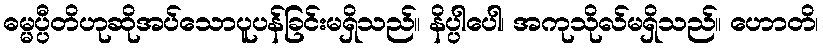
ဓမ္မပ္ပီတိဟုဆိုအပ်သောပူပန်ခြင်းမရှိသည်။ နိပ္ပါပေါ၊ အကုသိုလ်မရှိသည်။ ဟောတိ၊